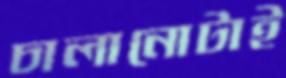
চালানোটাই